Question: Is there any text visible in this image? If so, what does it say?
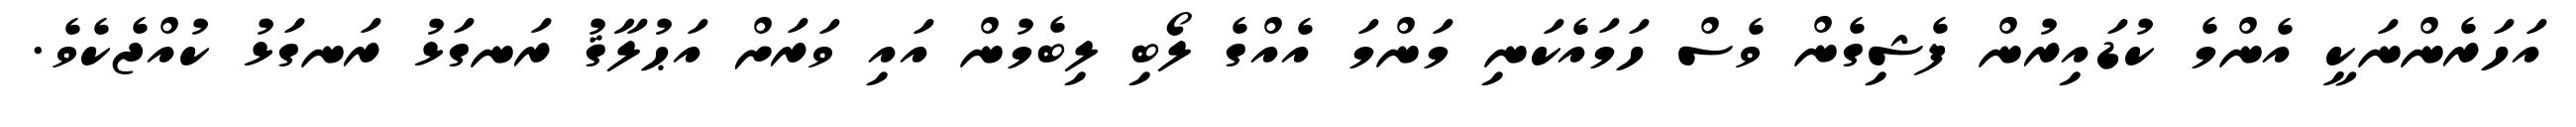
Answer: އަހަރެންނަކީ އެންމެ ކުޑައިރުން ފެޝިގެން ވެސް ހަމައެކަނި މަންމަ އެއްގެ ލޯބި ލިބެމުން އައި ވަރަށް އަޙުލާޤު ރަނގަޅު ރަނގަޅު ކުއްޖެކެވެ.